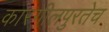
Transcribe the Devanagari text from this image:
कारगीलपुरतेच